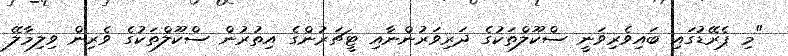
"މި ޕެރޭޑުގައި ބައިވެރިވަނީ ސްކޫލްތަކުގެ ދަރިވަރުންނާއި ޓީޗަރުންގެ އިތުރުން ސްކޫލްތަކުގެ ވެރިން ވިލިމާލޭ